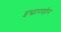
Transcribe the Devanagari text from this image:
इच्छापत्रहीन